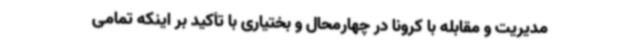
مدیریت و مقابله با کرونا در چهارمحال و بختیاری با تأکید بر اینکه تمامی